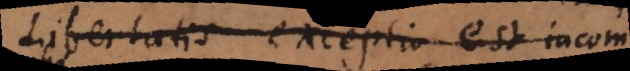
Libertatis exceptio est incom.